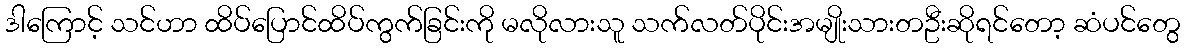
ဒါကြောင့် သင်ဟာ ထိပ်ပြောင်ထိပ်ကွက်ခြင်းကို မလိုလားသူ သက်လတ်ပိုင်းအမျိုးသားတဦးဆိုရင်တော့ ဆံပင်တွေ